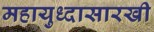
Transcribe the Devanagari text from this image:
महायुध्दासारखी